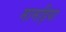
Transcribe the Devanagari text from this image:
मामड़िया